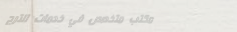
مكتب متخصص في خدمات الترج